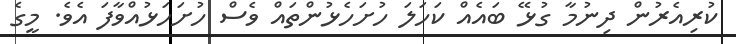
ކުރިއެރުން ދިނުމާ ގުޅޭ ބައެއް ކަހަލަ ހުށަހެޅުންތައް ވެސް ހުށަހަޅުއްވާފަ އެވެ. މީގެ